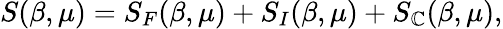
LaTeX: S(\beta,\mu)=S_{F}(\beta,\mu)+S_{I}(\beta,\mu)+S_{\mathbb{C}}(\beta,\mu),